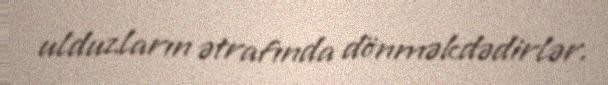
ulduzların ətrafında dönməkdədirlər.